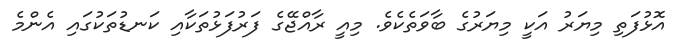
އޮޅުފަތި މިޔަރު އަކީ މިޔަރުގެ ބާވަތެެކެވެ. މިއީ ރާއްޖޭގެ ފަރުފަޅުތަކާއި ކަނޑުތަކުގައި އެންމެ